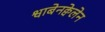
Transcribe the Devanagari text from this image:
श्वाबेनक्वेलेन